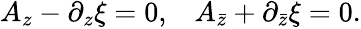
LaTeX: \begin{array}{ll}{{A_{z}-\partial_{z}\xi=0,}}&{{A_{\bar{z}}+\partial_{\bar{z}}\xi=0.}}\end{array}